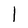
Character: I